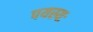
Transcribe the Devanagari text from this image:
पयस्यः